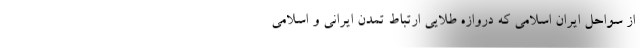
از سواحل ایران اسلامی که دروازه طلایی ارتباط تمدن ایرانی و اسلامی